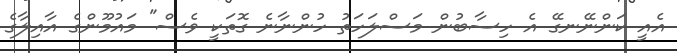
އެއީ ކަންނޭނގޭ އެ ހިސާބުން މަސްލަހަތު ހުންނާނެ ގޮތަކީ ވެސް" މައުމޫންގެ އާއިލާގެ